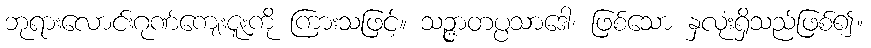
ဘုရားလောင်းဂုဏ်ကျေးဇူးကို ကြားသဖြင့်။ သဉ္ဇာတပ္ပသာဒေါ၊ ဖြစ်သော နှလုံးရှိသည်ဖြစ်၍။